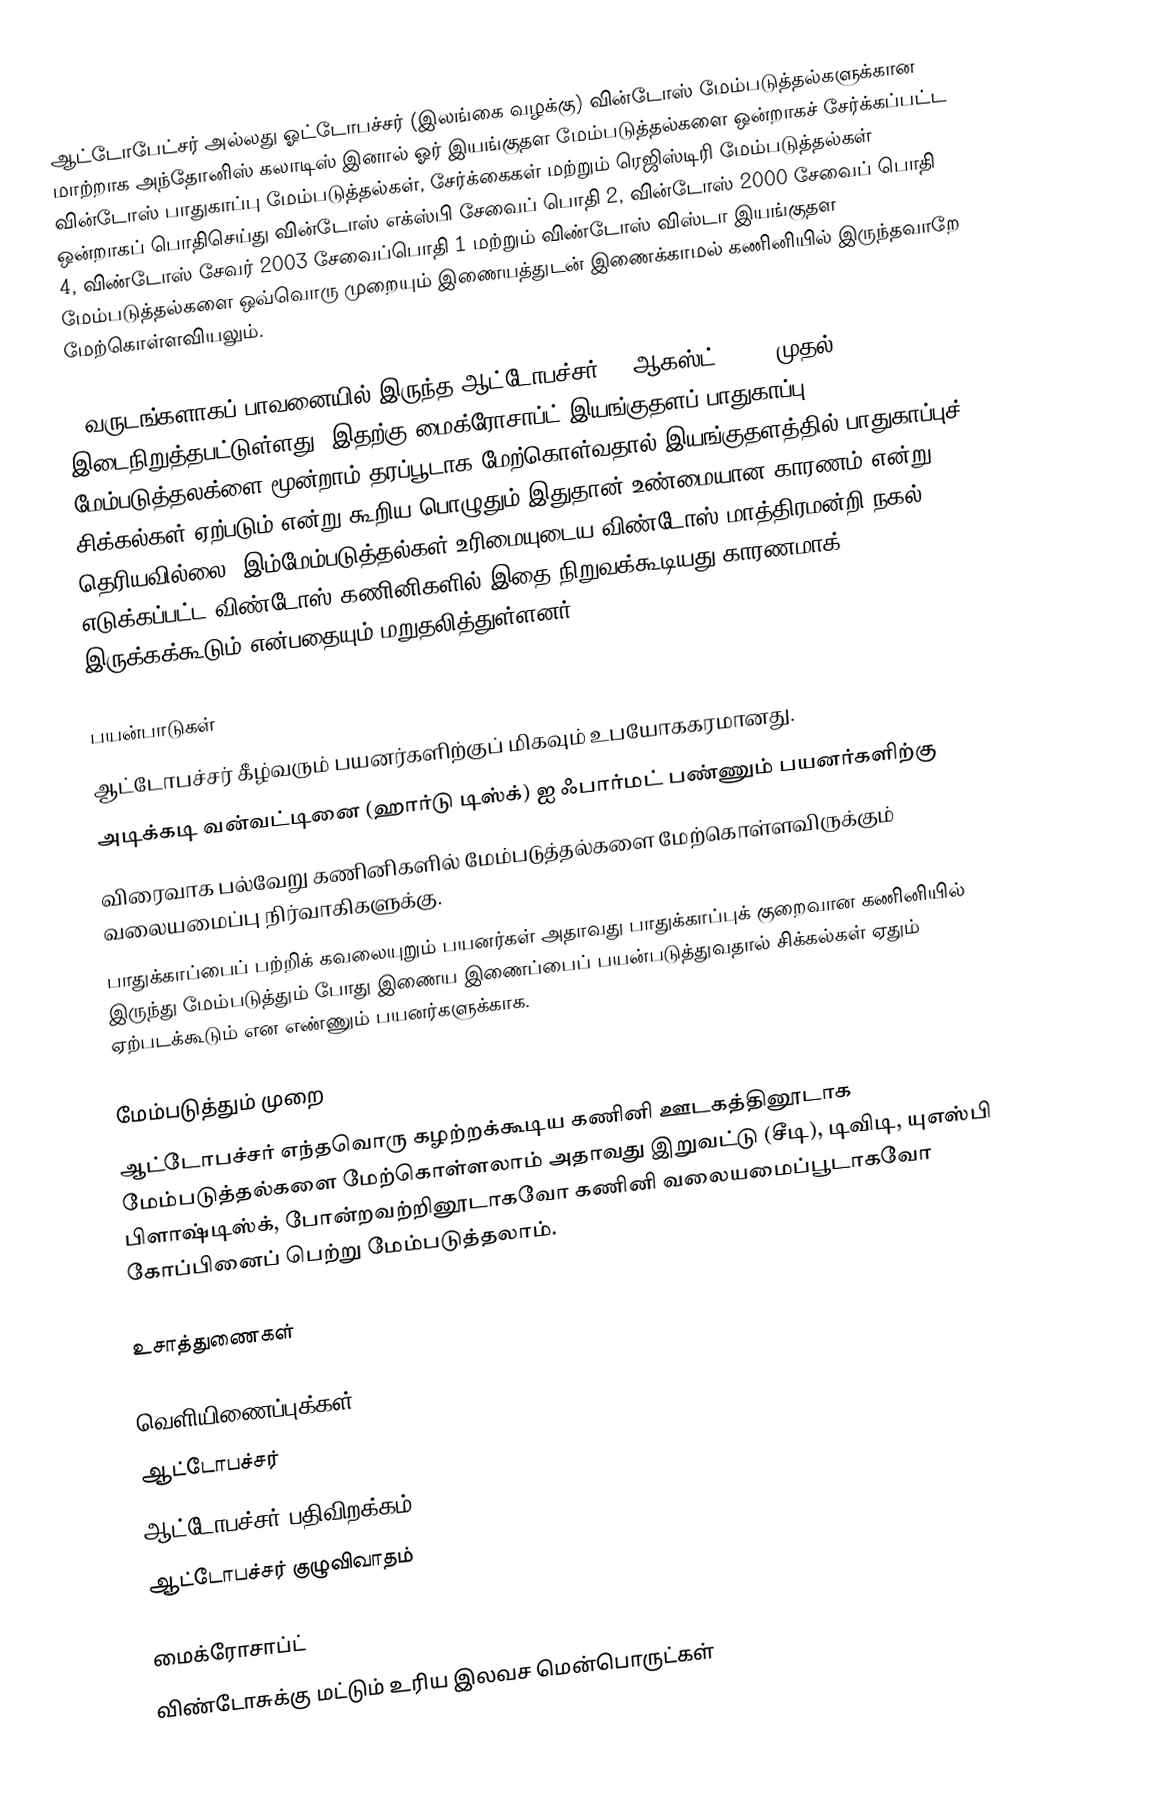
ஆட்டோபேட்சர் அல்லது ஓட்டோபச்சர் (இலங்கை வழக்கு) வின்டோஸ் மேம்படுத்தல்களுக்கான மாற்றாக அந்தோனிஸ் கலாடிஸ் இனால் ஓர் இயங்குதள மேம்படுத்தல்களை ஒன்றாகச் சேர்க்கப்பட்ட வின்டோஸ் பாதுகாப்பு மேம்படுத்தல்கள், சேர்க்கைகள் மற்றும் ரெஜிஸ்டிரி மேம்படுத்தல்கள் ஒன்றாகப் பொதிசெய்து வின்டோஸ் எக்ஸ்பி சேவைப் பொதி 2, வின்டோஸ் 2000 சேவைப் பொதி 4, விண்டோஸ் சேவர் 2003 சேவைப்பொதி 1 மற்றும் விண்டோஸ் விஸ்டா இயங்குதள மேம்படுத்தல்களை ஒவ்வொரு முறையும் இணையத்துடன் இணைக்காமல் கணினியில் இருந்தவாறே மேற்கொள்ளவியலும்.

4 வருடங்களாகப் பாவனையில் இருந்த ஆட்டோபச்சர் 29 ஆகஸ்ட், 2007 முதல் இடைநிறுத்தபட்டுள்ளது.  இதற்கு மைக்ரோசாப்ட் இயங்குதளப் பாதுகாப்பு மேம்படுத்தலக்ளை மூன்றாம் தரப்பூடாக மேற்கொள்வதால் இயங்குதளத்தில் பாதுகாப்புச் சிக்கல்கள் ஏற்படும் என்று கூறிய பொழுதும் இதுதான் உண்மையான காரணம் என்று தெரியவில்லை. இம்மேம்படுத்தல்கள் உரிமையுடைய விண்டோஸ் மாத்திரமன்றி நகல் எடுக்கப்பட்ட விண்டோஸ் கணினிகளில் இதை நிறுவக்கூடியது காரணமாக் இருக்கக்கூடும் என்பதையும் மறுதலித்துள்ளனர்.

பயன்பாடுகள்
ஆட்டோபச்சர் கீழ்வரும் பயனர்களிற்குப் மிகவும் உபயோககரமானது.
அடிக்கடி வன்வட்டினை (ஹார்டு டிஸ்க்) ஐ ஃபார்மட் பண்ணும் பயனர்களிற்கு
விரைவாக பல்வேறு கணினிகளில் மேம்படுத்தல்களை மேற்கொள்ளவிருக்கும் வலையமைப்பு நிர்வாகிகளுக்கு.
பாதுக்காப்பைப் பற்றிக் கவலையுறும் பயனர்கள் அதாவது பாதுக்காப்புக் குறைவான கணினியில் இருந்து மேம்படுத்தும் போது இணைய இணைப்பைப் பயன்படுத்துவதால் சிக்கல்கள் ஏதும் ஏற்படக்கூடும் என எண்ணும் பயனர்களுக்காக.

மேம்படுத்தும் முறை
ஆட்டோபச்சர் எந்தவொரு கழற்றக்கூடிய கணினி ஊடகத்தினூடாக மேம்படுத்தல்களை மேற்கொள்ளலாம் அதாவது இறுவட்டு (சீடி), டிவிடி, யுஎஸ்பி பிளாஷ்டிஸ்க், போன்றவற்றினூடாகவோ கணினி வலையமைப்பூடாகவோ கோப்பினைப் பெற்று மேம்படுத்தலாம்.

உசாத்துணைகள்

வெளியிணைப்புக்கள்
 ஆட்டோபச்சர்
 ஆட்டோபச்சர் பதிவிறக்கம்
 ஆட்டோபச்சர் குழுவிவாதம்

மைக்ரோசாப்ட்
விண்டோசுக்கு மட்டும் உரிய இலவச மென்பொருட்கள்